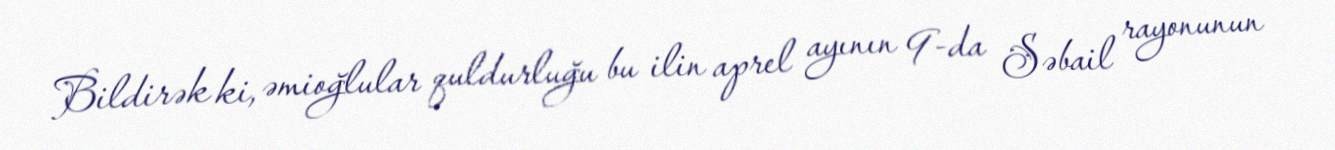
Bildirək ki, əmioğlular quldurluğu bu ilin aprel ayının 9-da Səbail rayonunun